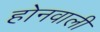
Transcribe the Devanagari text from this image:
होनवाली